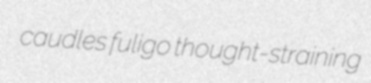
caudles fuligo thought-straining